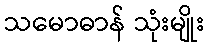
သမောဓာန် သုံးမျိုး